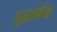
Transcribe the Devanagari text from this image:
दृढसंबंध